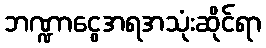
ဘဏ္ဍာငွေအရအသုံးဆိုင်ရာ